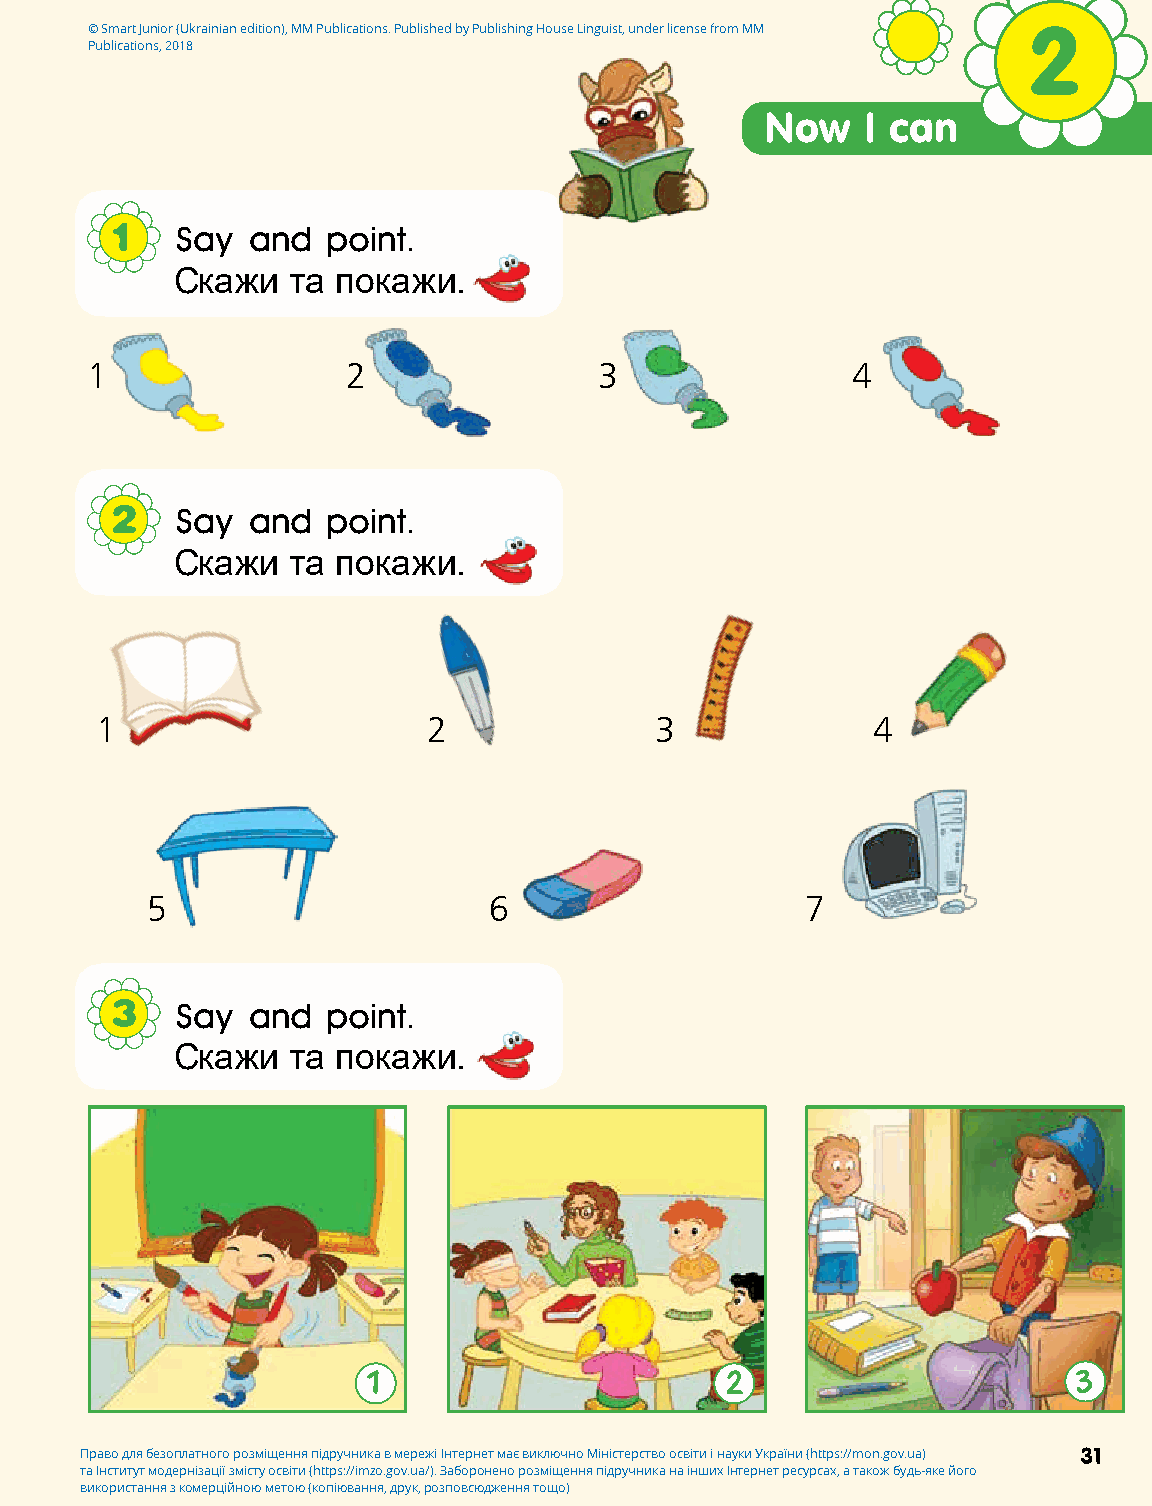
© Smart Junior (Ukrainian edition), MM Publications. Published by Publishing House Linguist, under license from MM 2
 Publications, 2018
 Now   I can
 1    Say and   point.
 Скажи  та покажи.
 1                2                3               4
 2    Say and   point.
 Скажи  та покажи.
 1                     2              3              4
 5                     6                    7
 3    Say and   point.
 Скажи  та покажи.
 1                       2                      3
 Право для безоплатного розміщення підручника в мережі Інтернет має виключно Міністерство освіти і науки України (https://mon.gov.ua) 31
 та Інститут модернізації змісту освіти (https://imzo.gov.ua/). Заборонено розміщення підручника на інших Інтернет ресурсах, а також будь-яке його
 використання з комерційною метою (копіювання, друк, розповсюдження тощо)